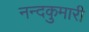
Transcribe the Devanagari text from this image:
नन्दकुमारी